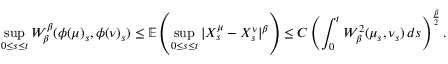
\operatorname* { s u p } _ { 0 \leq s \leq t } W _ { \beta } ^ { \beta } ( \phi ( \mu ) _ { s } , \phi ( \nu ) _ { s } ) \leq \mathbb { E } \left( \operatorname* { s u p } _ { 0 \leq s \leq t } | X _ { s } ^ { \mu } - X _ { s } ^ { \nu } | ^ { \beta } \right) \leq C \left( \int _ { 0 } ^ { t } W _ { \beta } ^ { 2 } ( \mu _ { s } , \nu _ { s } ) \, d s \right) ^ { \frac { \beta } { 2 } } .